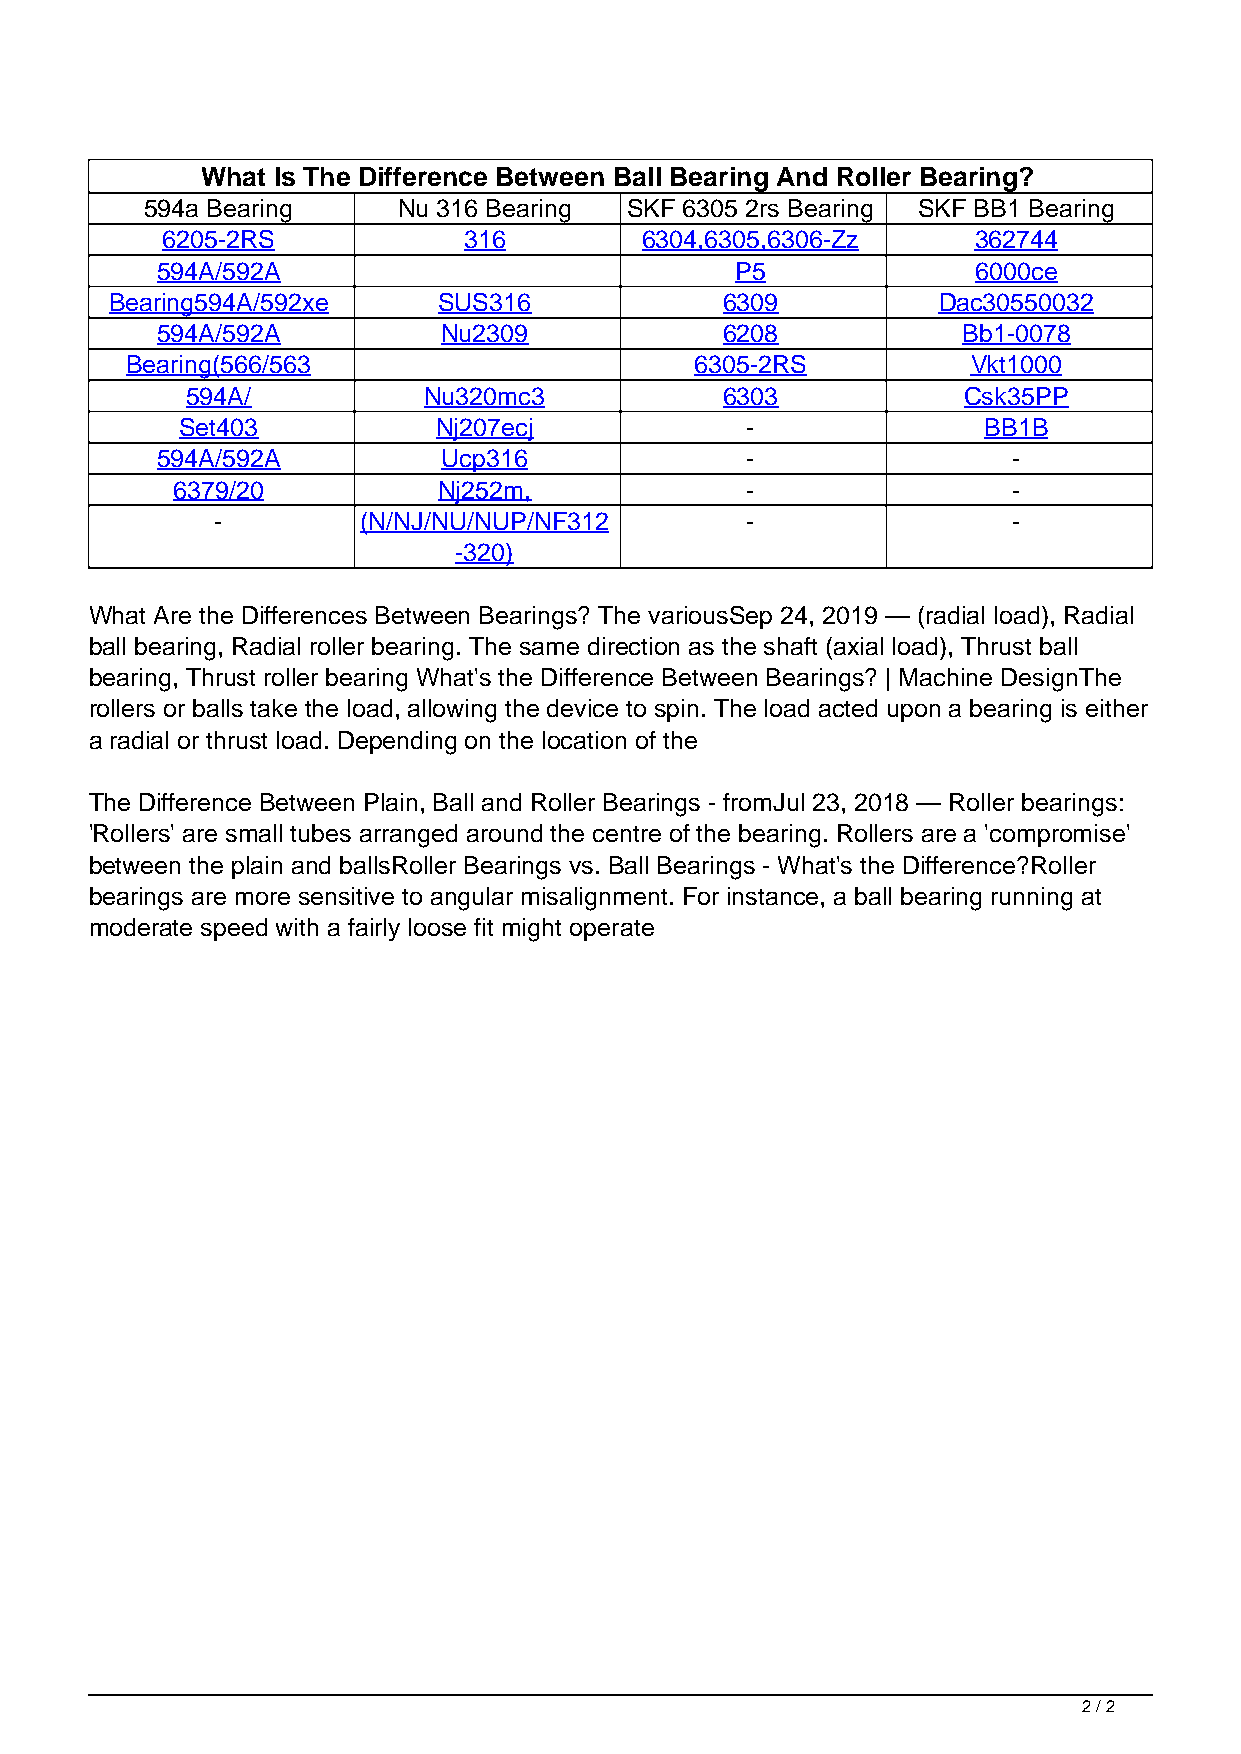
What Is The Difference Between Ball Bearing And Roller Bearing?
 594a Bearing    Nu 316 Bearing  SKF 6305 2rs Bearing SKF BB1 Bearing
 6205-2RS            316        6304,6305,6306-Zz     362744
 594A/592A                              P5              6000ce
 Bearing594A/592xe     SUS316             6309          Dac30550032
 594A/592A          Nu2309             6208            Bb1-0078
 Bearing(566/563                       6305-2RS          Vkt1000
 594A/           Nu320mc3            6303            Csk35PP
 Set403           Nj207ecj            -               BB1B
 594A/592A          Ucp316              -                 -
 6379/20           Nj252m,             -                 -
 -         (N/NJ/NU/NUP/NF312       -                 -
 -320)
 What Are the Differences Between Bearings? The variousSep 24, 2019 — (radial load), Radial
 ball bearing, Radial roller bearing. The same direction as the shaft (axial load), Thrust ball
 bearing, Thrust roller bearing What's the Difference Between Bearings? | Machine DesignThe
 rollers or balls take the load, allowing the device to spin. The load acted upon a bearing is either
 a radial or thrust load. Depending on the location of the
 The Difference Between Plain, Ball and Roller Bearings - fromJul 23, 2018 — Roller bearings:
 'Rollers' are small tubes arranged around the centre of the bearing. Rollers are a 'compromise'
 between the plain and ballsRoller Bearings vs. Ball Bearings - What's the Difference?Roller
 bearings are more sensitive to angular misalignment. For instance, a ball bearing running at
 moderate speed with a fairly loose fit might operate
 2 / 2
 Powered by TCPDF (www.tcpdf.org)